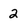
Character: 2